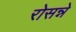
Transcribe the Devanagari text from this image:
रोसन्ने